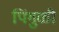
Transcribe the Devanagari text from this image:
पिंगुळी